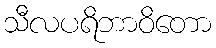
သီလပရိဘာဝိတော